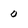
Character: o